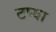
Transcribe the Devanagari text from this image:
टप्या